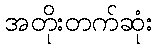
အတိုးတက်ဆုံး